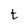
Character: t